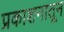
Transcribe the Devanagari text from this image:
प्रकाशनातून